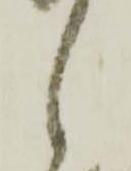
之